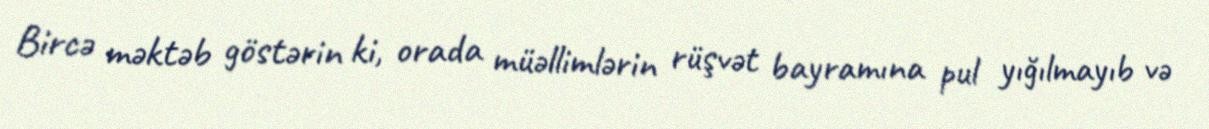
Bircə məktəb göstərin ki, orada müəllimlərin rüşvət bayramına pul yığılmayıb və